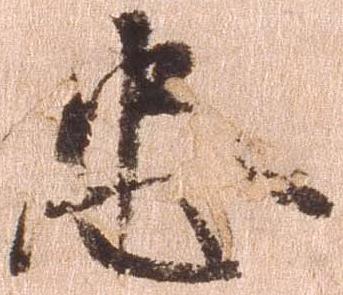
忠